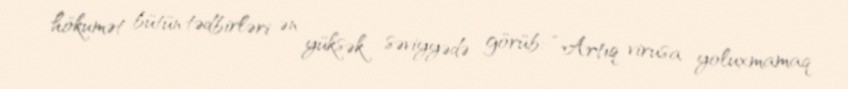
hökumət bütün tədbirləri ən yüksək səviyyədə görüb: “Artıq virusa yoluxmamaq